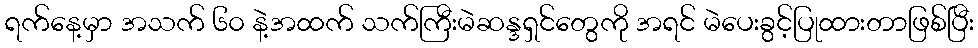
ရက်နေ့မှာ အသက် ၆၀ နဲ့အထက် သက်ကြီးမဲဆန္ဒရှင်တွေကို အရင် မဲပေးခွင့်ပြုထားတာဖြစ်ပြီး